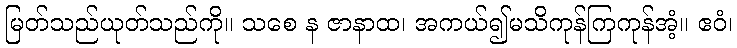
မြတ်သည်ယုတ်သည်ကို။ သစေ န ဇာနာထ၊ အကယ်၍မသိကုန်ကြကုန်အံ့။ ဧဝံ၊